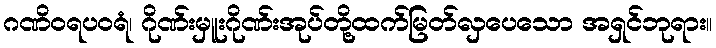
ဂဏိဝရပဝရံ၊ ဂိုဏ်းမှူးဂိုဏ်းအုပ်တို့ထက်မြတ်လှပေသော အရှင်ဘုရား။